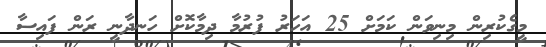
މީގެކުރިން މިނިވަން ކަމަށް 25 އަހަރު ފުރުމާ ދިމާކޮށް ހަނދާނީ ރަން ފައިސާ